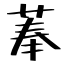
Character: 菶